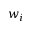
w _ { i }